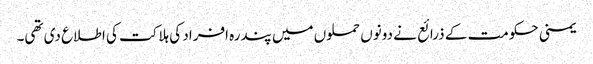
یمنی حکومت کے ذرائع نے دونوں حملوں میں پندرہ افراد کی ہلاکت کی اطلاع دی تھی۔